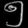
Digit: ၅